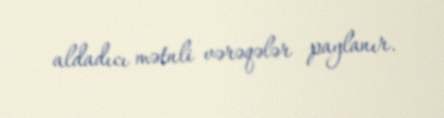
aldadıcı mətnli vərəqələr paylanır.